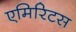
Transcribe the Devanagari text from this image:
एमिरिटस